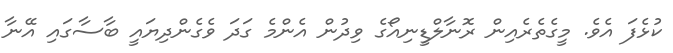
ކުޅެފަ އެވެ. މީގެތެރެއިން ރޮނާލްޑީނިއޯގެ ވިދުން އެންމެ ގަދަ ވެގެންދިޔައީ ބާސާގައި އޭނާ